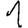
Digit: 1